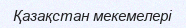
Қазақстан мекемелері